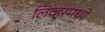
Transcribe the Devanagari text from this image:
लिव्हरमध्ये